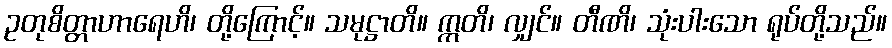
ဥတုစိတ္တာဟာရေဟိ၊ တို့ကြောင့်။ သမုဋ္ဌာတိ။ ဣတိ၊ လျှင်။ တီဏိ၊ သုံးပါးသော ရုပ်တို့သည်။